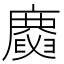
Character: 𢋪